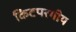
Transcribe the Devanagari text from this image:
किटपरगीय